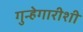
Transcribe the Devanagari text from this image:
गुन्हेगारीशी